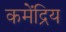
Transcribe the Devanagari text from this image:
कमेंद्रिय